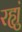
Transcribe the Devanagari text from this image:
रह्युं